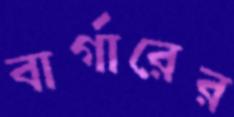
বার্গারের